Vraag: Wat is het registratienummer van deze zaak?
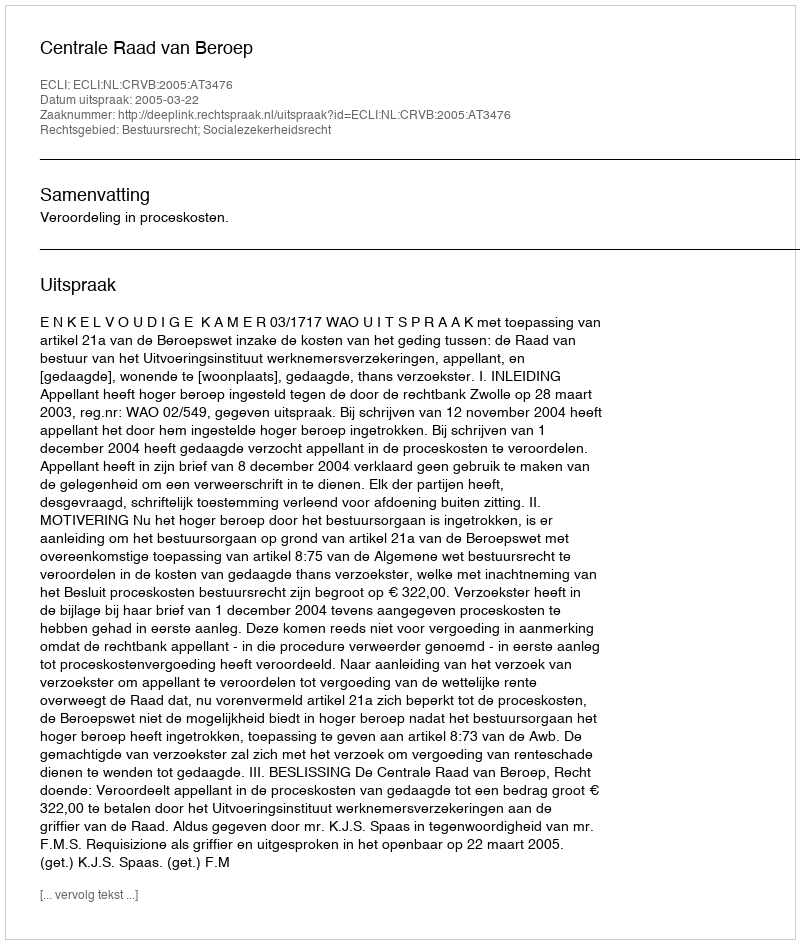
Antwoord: http://deeplink.rechtspraak.nl/uitspraak?id=ECLI:NL:CRVB:2005:AT3476